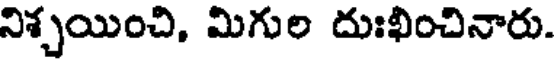
నిశ్చయించి, మిగుల దుఃఖించినారు.